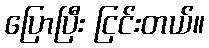
ပြောပြီး ငြင်းတယ်။